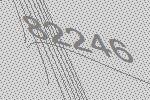
82246